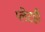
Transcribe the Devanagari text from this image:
प्लेटही